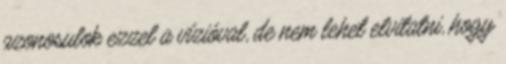
azonosulok ezzel a vízióval, de nem lehet elvitatni, hogy